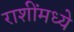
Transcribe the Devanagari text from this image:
राशींमध्ये